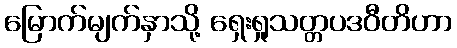
မြောက်မျက်နှာသို့ ရှေးရှုသတ္တပဒဝီတိဟာ